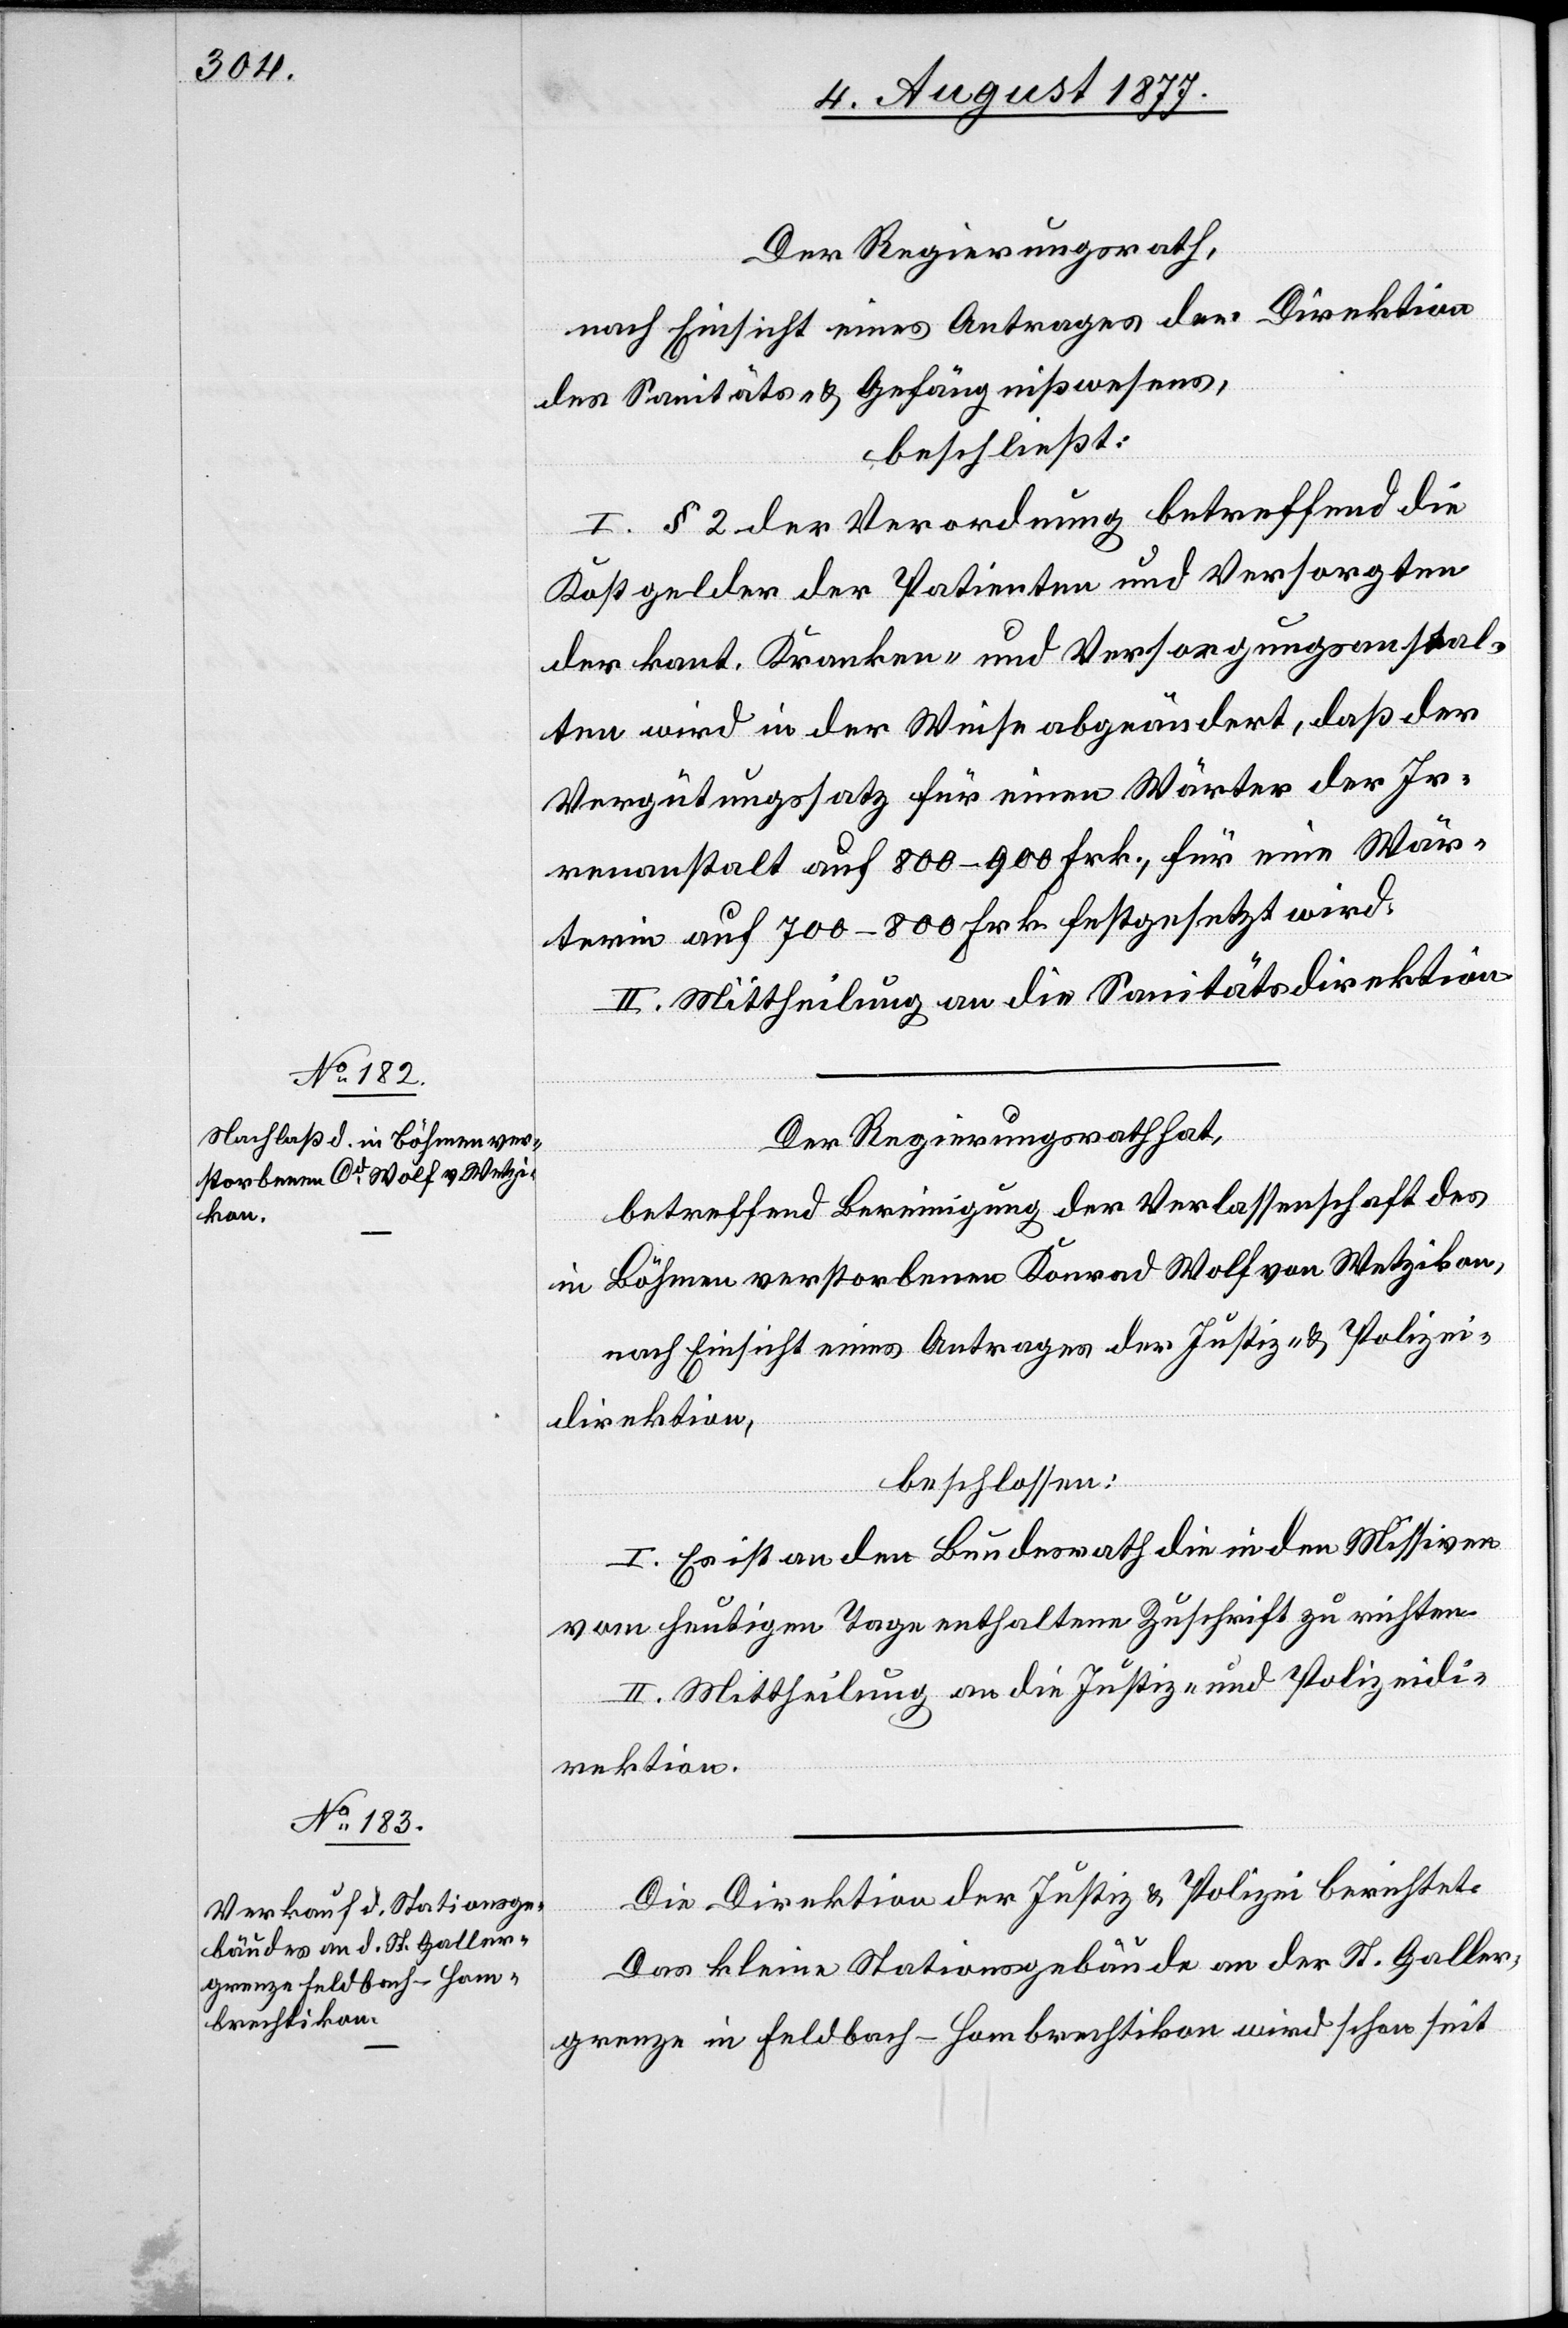
Der Regierungsrath,
nach Einsicht eines Antrages der Direktion
des Sanitäts- & Gefängnißwesens,
beschließt:
I. § 2 der Verordnung betreffend die
Kostgelder der Patienten und Versorgten
der kant. Kranken- und Versorgungsanstal¬
ten wird in der Weise abgeändert, daß der
Vergütungssatz für einen Wärter der Ir¬
renanstalt auf 800–900 Frk., für eine Wär¬
terin auf 700–800 Frk. festgesetzt wird.
II. Mittheilung an die Sanitätsdirektion.
Der Regierungsrath hat,
betreffend Bereinigung der Verlassenschaft des
in Böhmen verstorbenen Konrad Wolf von Wetzikon,
nach Einsicht eines Antrages der Justiz- & Polizei¬
direktion,
beschlossen:
I. Es ist an den Bundesrath die in den Missiven
vom heutigen Tage enthaltene Zuschrift zu richten.
II. Mittheilung an die Justiz- und Polizeidi¬
rektion.
Die Direktion der Justiz & Polizei berichtet:
Das kleine Stationsgebäude an der St. Galler¬
grenze in Feldbach-Hombrechtikon wird schon seit